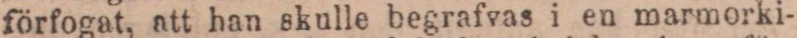
förfogat, att han skulle begrafvas i en marmorki-